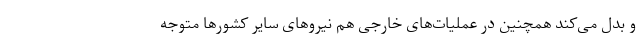
و بدل می‌کند همچنین در عملیات‌های خارجی هم نیروهای سایر کشورها متوجه